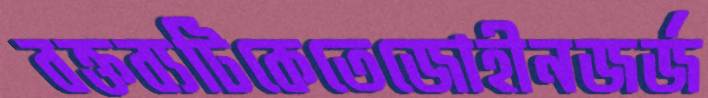
বক্তব্যটিকেতেজোহীনজর্জ